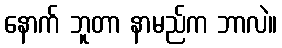
နောက် ဘူတာ နာမည်က ဘာလဲ။